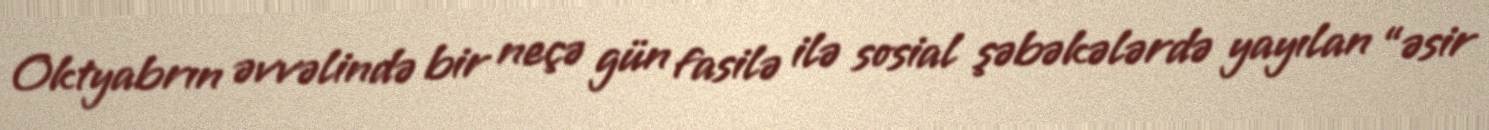
Oktyabrın əvvəlində bir neçə gün fasilə ilə sosial şəbəkələrdə yayılan “əsir